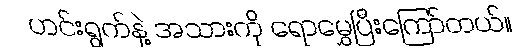
ဟင်းရွက်နဲ့ အသားကို ရောမွှေပြီးကြော်တယ်။